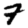
Digit: 7